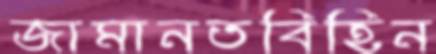
জামানতবিহিন